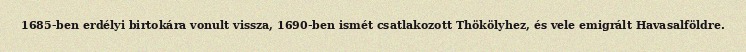
1685-ben erdélyi birtokára vonult vissza, 1690-ben ismét csatlakozott Thökölyhez, és vele emigrált Havasalföldre.